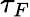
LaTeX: \tau_{F}